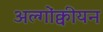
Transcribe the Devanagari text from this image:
अल्गोंक्वीयन